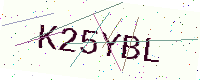
Text: K25YBL